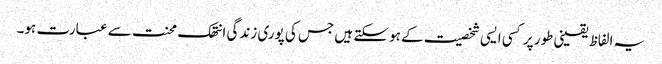
یہ الفاظ یقینی طور پر کسی ایسی شخصیت کے ہو سکتے ہیں جس کی پوری زندگی انتھک محنت سے عبارت ہو۔